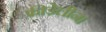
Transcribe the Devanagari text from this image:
फ्रीडेलीन।